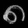
Digit: ၈